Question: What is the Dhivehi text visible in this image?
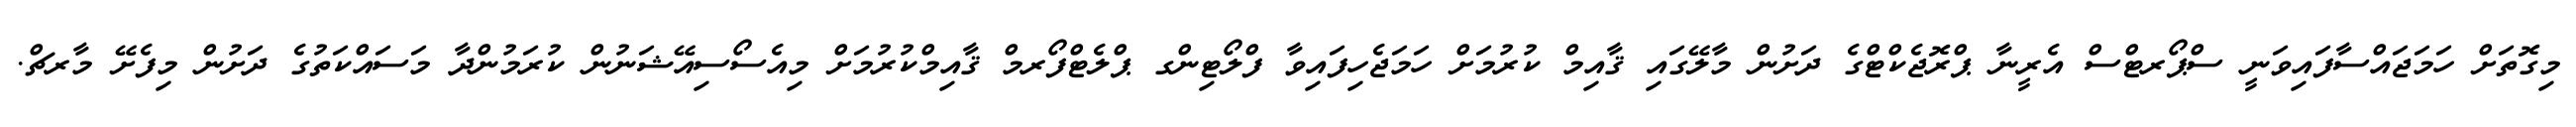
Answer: މިގޮތަށް ހަމަޖައްސާފައިވަނީ ސްޕޯރޓްސް އެރީނާ ޕްރޮޖެކްޓްގެ ދަށުން މާލޭގައި ޤާއިމް ކުރުމަށް ހަމަޖެހިފައިވާ ފްލޯޓިންގ ޕްލެޓްފޯރމް ޤާއިމްކުރުމަށް މިއެސޯސިއޭޝަނުން ކުރަމުންދާ މަސައްކަތުގެ ދަށުން މިފެށޭ މާރޗް.